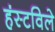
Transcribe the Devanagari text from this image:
हंस्टविले